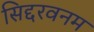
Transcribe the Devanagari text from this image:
सिद्दरवनम